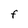
Character: F